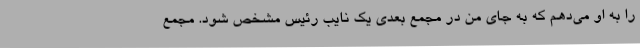
را به او می‌دهم که به جای من در مجمع بعدی یک نایب رئیس مشخص شود. مجمع